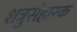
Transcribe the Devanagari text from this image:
शत्रुसंहारक